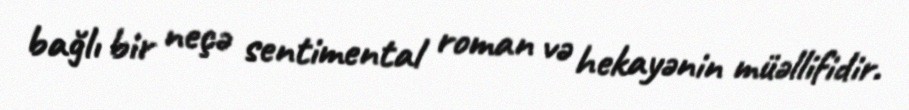
bağlı bir neçə sentimental roman və hekayənin müəllifidir.